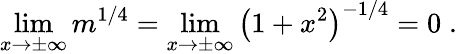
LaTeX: \operatorname*{lim}_{x\rightarrow\pm\infty}{m^{1/4}}=\operatorname*{lim}_{x\rightarrow\pm\infty}{\left(1+x^{2}\right)^{-1/4}}=0\; .